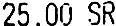
25.00 SR